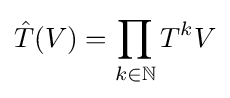
{\hat {T}}(V)=\prod _{k\in \mathbb {N} }T^{k}V